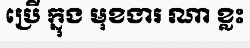
ប្រើ ក្នុង មុខងារ ណា ខ្លះ